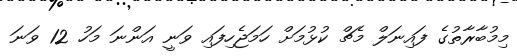
މިމުބާރާތުގެ ފައިނަލް މެޗް ކުޅުމަށް ހަމަޖެހިފައި ވަނީ އަންނަ މަހު 12 ވަނަ